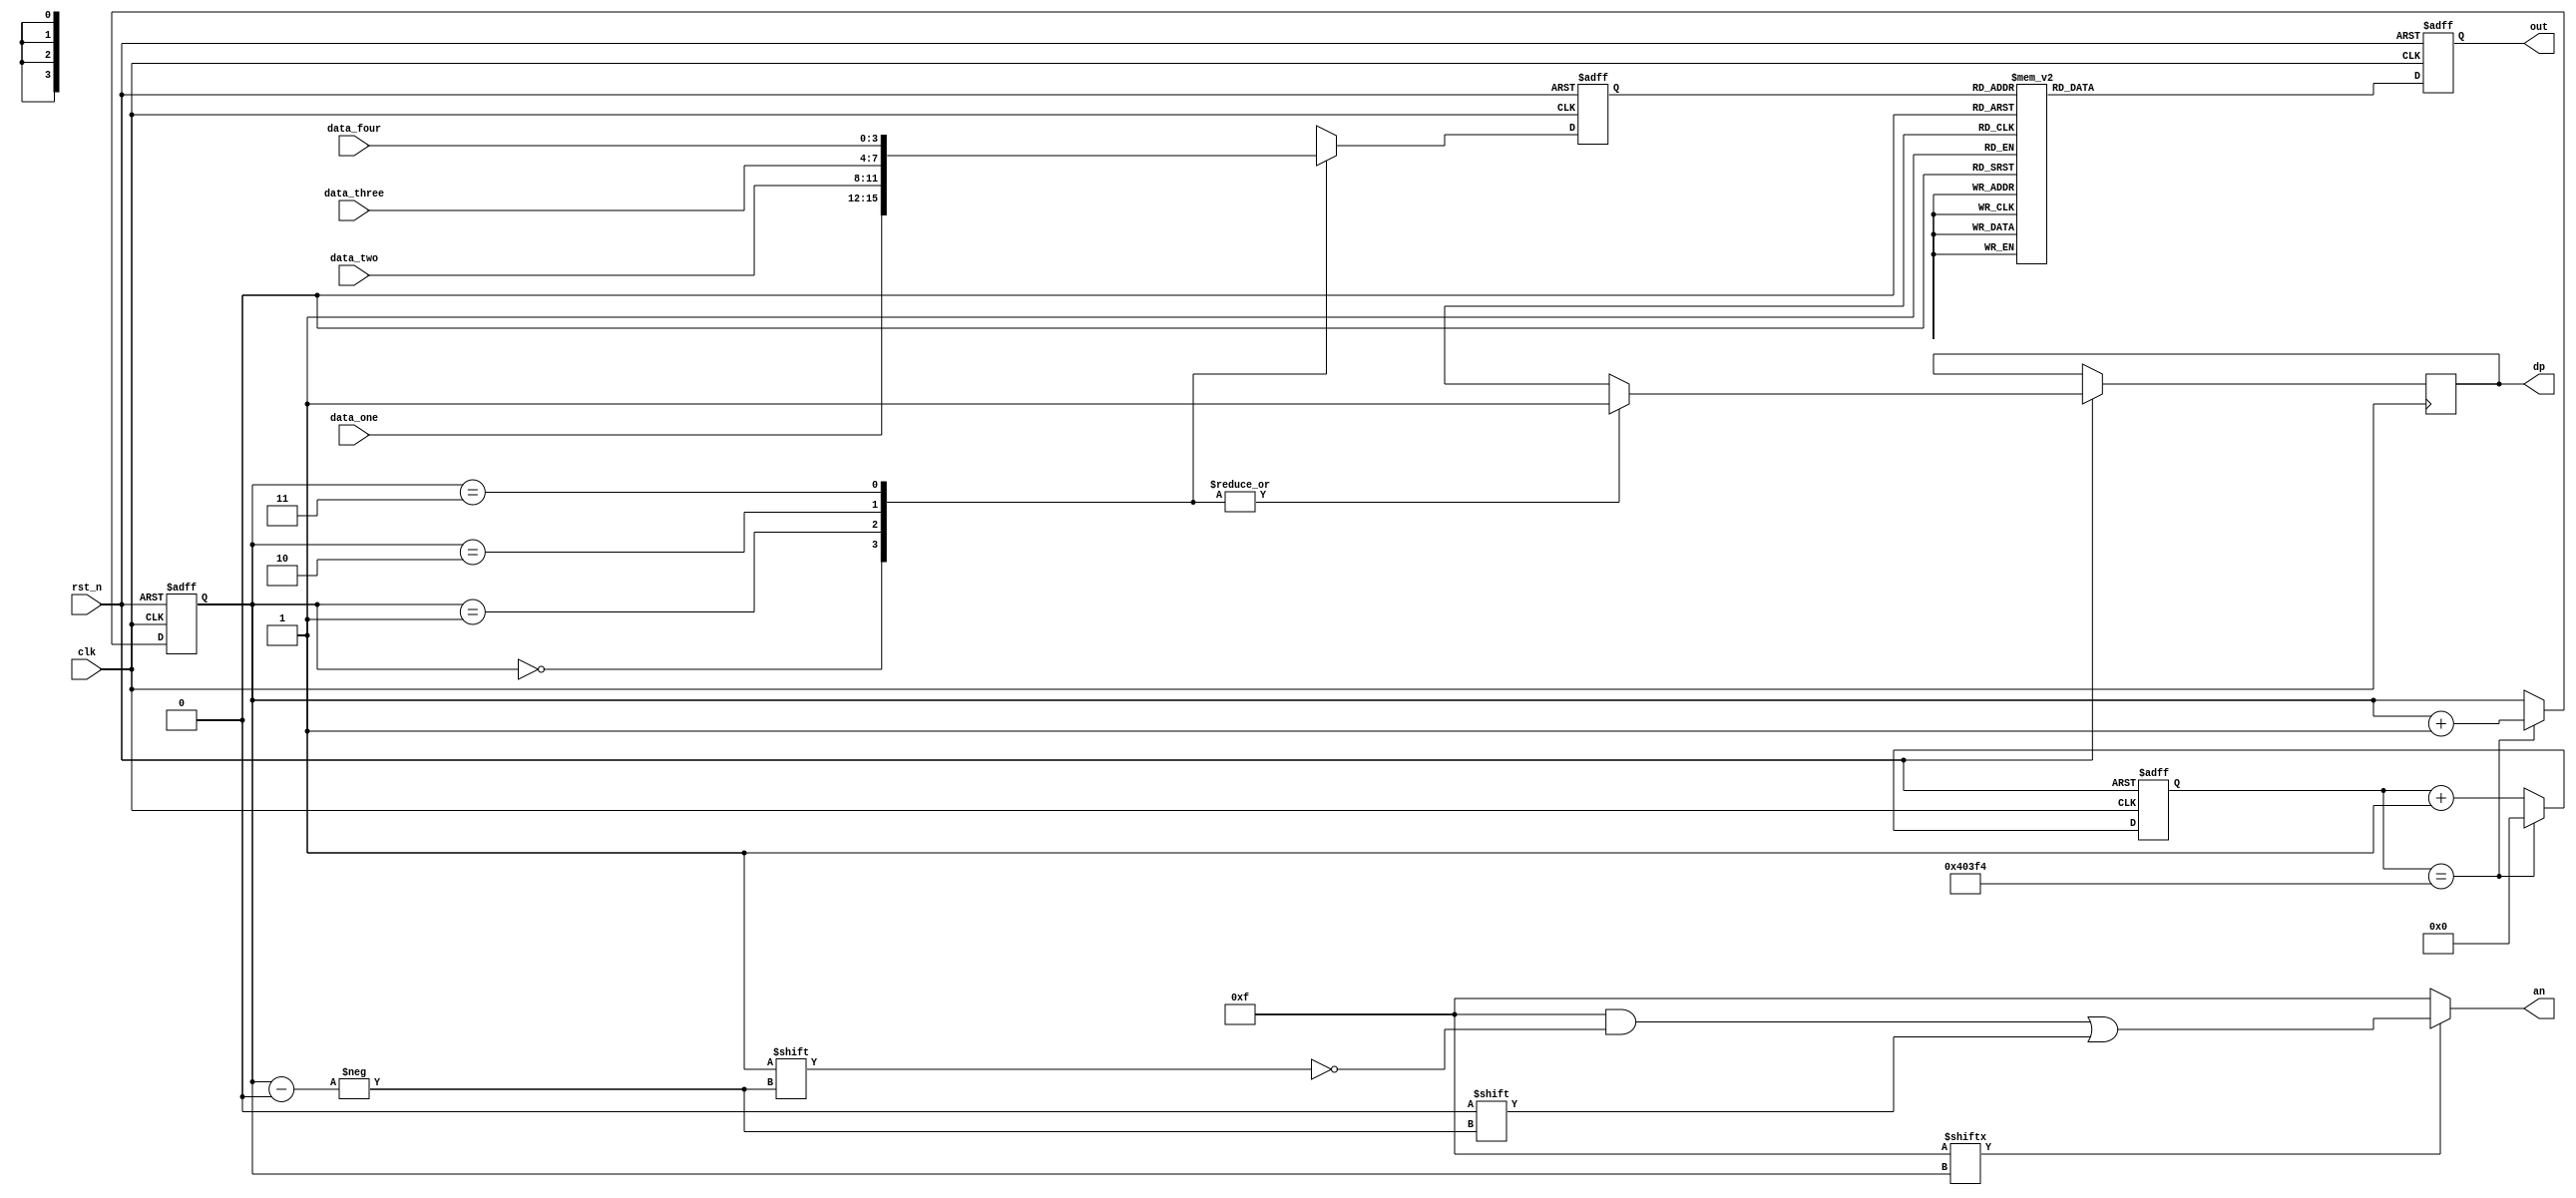
`timescale 1ns / 1ps

module Seven_Seg_Display(
    input               clk,
    input               rst_n,
    input       [3:0]   data_four,
    input       [3:0]   data_three,
    input       [3:0]   data_two,
    input       [3:0]   data_one,
    output  reg [6:0]   out,
    output  reg    [3:0]   an,//
    output  reg         dp
    );

//assign an = 4'b0000;
wire [3:0] aen;     //
reg [1:0] s;        //
reg [18:0] cnt;     //
reg [3:0]  disp_data;

parameter CLK190 = 19'd263157;
//parameter CLK190 = 19'd263;

always @(posedge clk or negedge rst_n)begin
   if(!rst_n)
   	cnt <= 19'b0;
   else if(cnt == CLK190 - 1'b1)
   	cnt <= 19'b0;
   else 
   	cnt <= cnt + 1'b1;	
end
	 
//5.2
always @(posedge clk or negedge rst_n)begin
   if(!rst_n)
   	s <= 2'b0;
   else if(cnt == CLK190 - 1'b1)
   	s <= s + 1'b1;	
end

assign aen = 4'b1111;

always @(*)begin
   an  = 4'b1111;
   if(aen[s] == 1)
   	an[s]  = 1'b0;
end

//-------------------------------------------------------
//disp_data
always @(posedge clk or negedge rst_n)begin
	if(!rst_n)
		disp_data <=4'd0;
	else 
   	case(s)
    0: begin 
        disp_data <= data_one;
        dp <= 1'b1;
    end
    1: begin
        disp_data <= data_two;
        dp <= 1'b1;
    end
    2: begin 
        disp_data <= data_three;
        dp <= 1'b1;
    end
    3: begin
        disp_data <= data_four;
        dp <= 1'b1;
    end
    default: begin 
        disp_data <= 4'd0;
        dp <= 1'b1;
    end
   	endcase
end

//-------------------------------------------------------
//
 always @(posedge clk or negedge rst_n)begin
	if(!rst_n)
		out <= 7'b0000_001;
	else begin
			case(disp_data)
				4'h0: out <= 7'b0000_001;
				4'h1: out <= 7'b1001_111;
				4'h2: out <= 7'b0010_010;
				4'h3: out <= 7'b0000_110;
				4'h4: out <= 7'b1001_100;
				4'h5: out <= 7'b0100_100;
				4'h6: out <= 7'b0100_000;
				4'h7: out <= 7'b0001_111;
				4'h8: out <= 7'b0000_000;
				4'h9: out <= 7'b0000_100;
                4'ha: out <= 7'b1110_010;
                4'hb: out <= 7'b1100_110;
                4'hc: out <= 7'b1011_100;
                4'hd: out <= 7'b0110_100;
                4'he: out <= 7'b1110_000;
                4'hf: out <= 7'b1111_111;
				default: out <= 7'b0000_001;
			endcase
		end
 end
 	 
endmodule